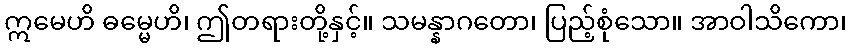
ဣမေဟိ ဓမ္မေဟိ၊ ဤတရားတို့နှင့်။ သမန္နာဂတော၊ ပြည့်စုံသော။ အာဝါသိကော၊